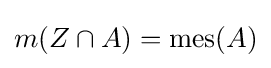
\textstyle m(Z\cap A)=\operatorname {mes} (A)